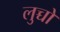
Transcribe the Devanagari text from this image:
लुच्चों